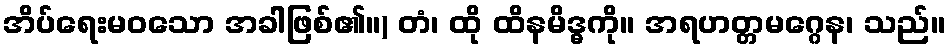
အိပ်ရေးမဝသော အခါဖြစ်၏။) တံ၊ ထို ထိနမိဒ္ဓကို။ အရဟတ္တမဂ္ဂေန၊ သည်။